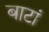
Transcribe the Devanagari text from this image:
बाटां